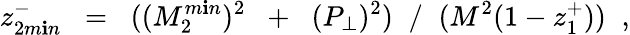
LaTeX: z_{2m\mathbf{i}n}^{-}\; \; =\; \; ((M_{2}^{m\mathbf{i}n})^{2}\; \; +\; \; (P_{\perp})^{2})\; \; /\; \; (M^{2}(1-z_{1}^{+}))\; \; ,